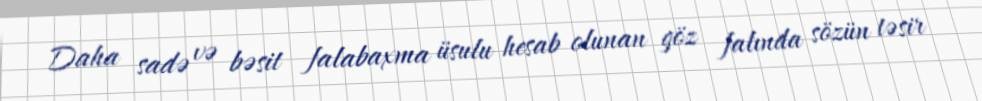
Daha sadə və bəsit falabaxma üsulu hesab olunan göz falında sözün təsir